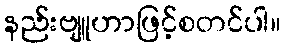
နည်းဗျူဟာဖြင့်စတင်ပါ။